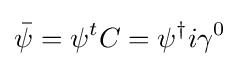
{\bar {\psi }}=\psi ^{t}C=\psi ^{\dagger }i\gamma ^{0}